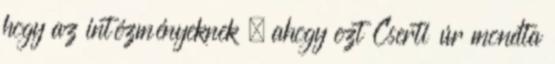
hogy az intézményeknek – ahogy ezt Cserti úr mondta